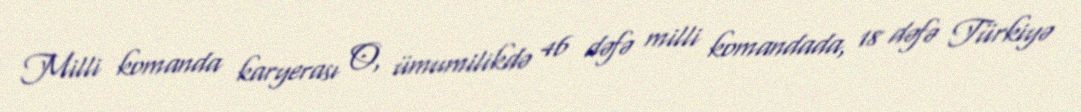
Milli komanda karyerası O, ümumilikdə 46 dəfə milli komandada, 18 dəfə Türkiyə